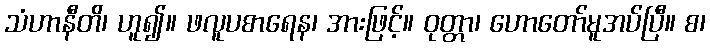
သံဟာနီတိ၊ ဟူ၍။ ဖလူပစာရေန၊ အားဖြင့်။ ဝုတ္တာ၊ ဟောတော်မူအပ်ပြီ။ စ၊